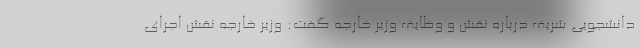
دانشجویی شریف درباره نقش و وظایف وزیر خارجه گفت: وزیر خارجه نقش اجرای